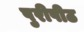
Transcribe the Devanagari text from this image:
पुरीपीठ